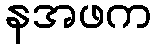
နအဖက